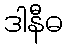
ဒါနီဓ